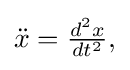
{\textstyle {\ddot {x}}={\frac {d^{2}x}{dt^{2}}},}